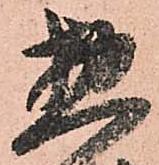
惣